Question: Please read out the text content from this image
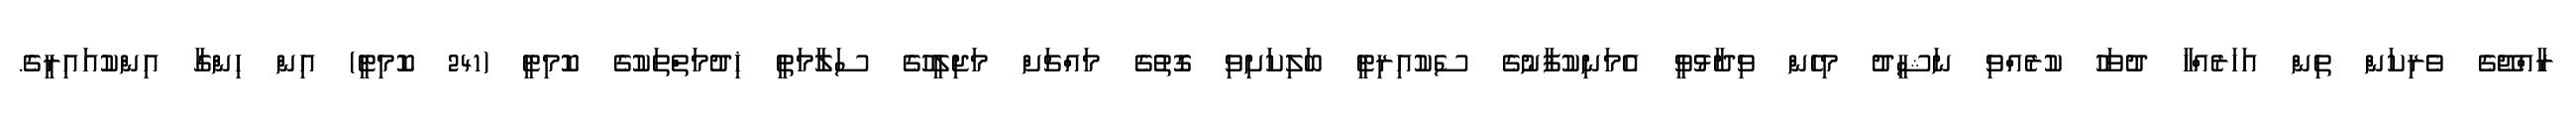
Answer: ރާއްޖޭގެ ވެރިކަން ތިން އަހަރެއްހާ ދުވަހު ކުރެއްވި ނަޝީދު މިހެން ވިދާޅުވީ އެމަނިކުފާނުގެ ސެކުއިރިޓީ ބަލިކަށިވި ގޮތުގެ މައްޗަށް މަޖިލީހުގެ ސަލާމަތީ ޚިދުމަތްތަކުގެ ކޮމިޓީ (241 ކޮމިޓީ) އިން ހިންގާ އިންކުއައިރީގެ.